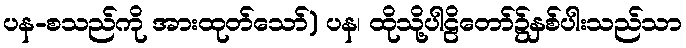
ပန-စသည်ကို အားထုတ်သော်) ပန၊ ထိုသို့ပါဠိတော်၌နှစ်ပါးသည်သာ